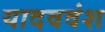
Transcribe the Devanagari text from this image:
यादववंश